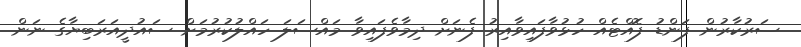
ސަރުކާރުން ފަންޑު ފޮއްޓެއް ހުޅުވާފައިވާއިރު ފެނަށް ދިމާވެފައިވާ މައްސަލަ ހައްލުކުރުމަށް ސައުދީއަރަބިޔާގެ ނަން